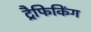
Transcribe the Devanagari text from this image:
ट्रैफिकिंग